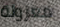
معزولة